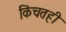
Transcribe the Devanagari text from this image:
किंचतही